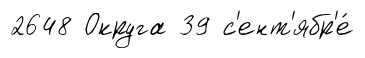
2648 Округа 39 с'ент'ябр'е́